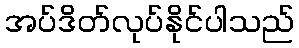
အပ်ဒိတ်လုပ်နိုင်ပါသည်